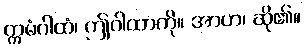
ဣမံဂါထံ၊ ဤဂါထာကို။ အာဟ၊ ဆို၏။